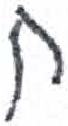
אות: ח